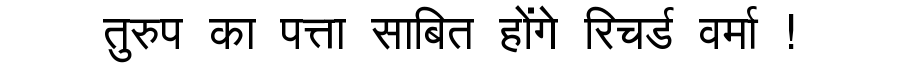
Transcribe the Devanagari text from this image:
तुरुप का पत्ता साबित होंगे रिचर्ड वर्मा !